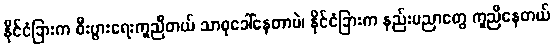
နိုင်ငံခြားက စီးပွားရေးကူညီတယ် သာဓုခေါ်နေတာပဲ၊ နိုင်ငံခြားက နည်းပညာတွေ ကူညီနေတယ်